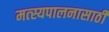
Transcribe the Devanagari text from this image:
मत्‍स्यपालनासाठी